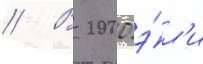
// В 2000 э́л'и